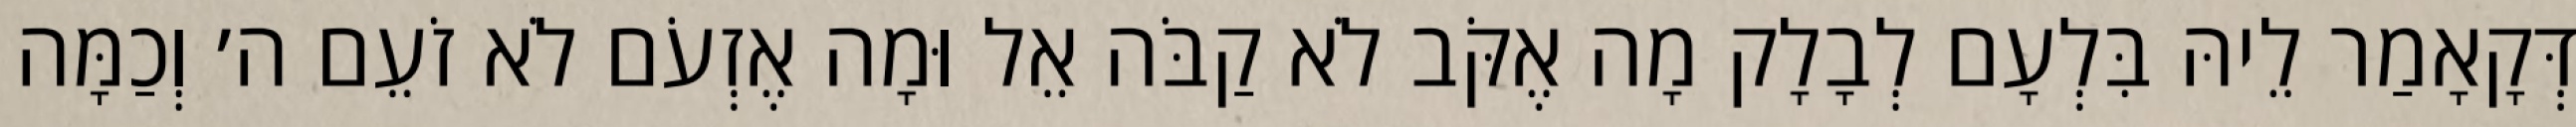
דְּקָאָמַר לֵיהּ בִּלְעָם לְבָלָק מָה אֶקֹּב לֹא קַבֹּה אֵל וּמָה אֶזְעֹם לֹא זֹעֵם ה׳ וְכַמָּה